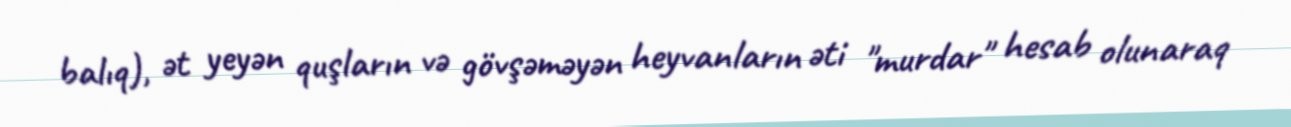
balıq), ət yeyən quşların və gövşəməyən heyvanların əti "murdar" hesab olunaraq